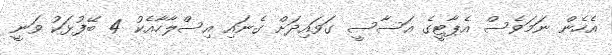
އެހެން ނަމަވެސް އެޕާޓީގެ އަސާސީ ގަވައިދަށް ގެނައި އިސްލާހާއެކު 4 ބޭފުޅަކު ވަނީ